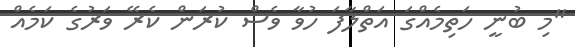
"މި ބުނީ ހަތިމެއްގަ އަތްލާފަ ހުވާ ވެސް ކުރަން ކެރޭ ވަރުގެ ކަމެއް